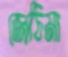
জেঠিমা